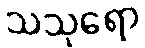
သသုရော